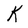
Character: K